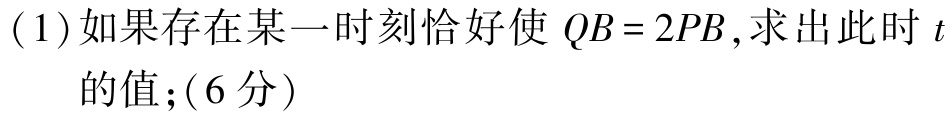
(1)如果存在某一时刻恰好使 \(QB = 2PB\)，求出此时 \(t\)的值；(6分)